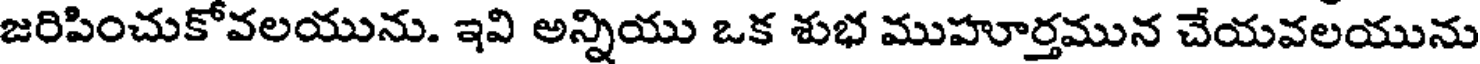
జరిపించుకోవలయును. ఇవి అన్నియు ఒక శుభ ముహూర్తమున చేయవలయును